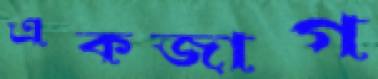
একজাগ